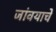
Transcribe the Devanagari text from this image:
जांवयाचे